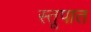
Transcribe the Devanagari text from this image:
स्तूपात